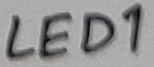
Text: LED1